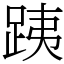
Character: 跠